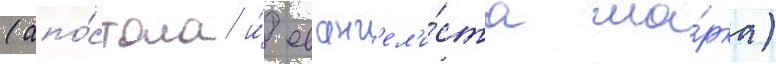
(апо́стола и́ еванг'ел'и́ста ма́рка)